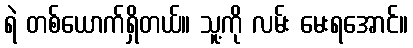
ရဲ တစ်ယောက်ရှိတယ်။ သူ့ကို လမ်း မေးရအောင်။